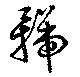
号